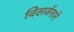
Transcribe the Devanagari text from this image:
विसर्जनाने